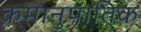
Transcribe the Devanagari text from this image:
क्रमानुपातिक